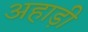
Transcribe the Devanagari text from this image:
अहाड़ी